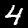
Label: 4